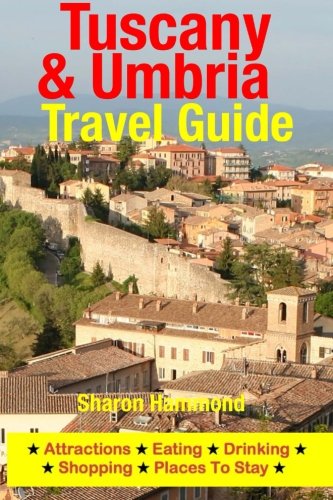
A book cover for Tuscany & Umbria Travel Guide: Attractions, Eating, Drinking, Shopping & Places To Stay; Sharon Hammond; Travel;